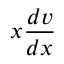
x \frac { d v } { d x }